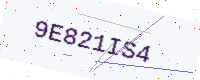
Text: 9E821IS4